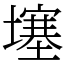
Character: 𡑮